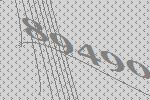
89490